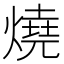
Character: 燒